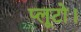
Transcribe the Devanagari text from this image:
प्लूटो।